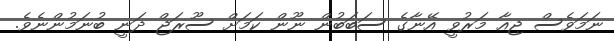
ނަމަވެސް ޖިއާ މަރުވީ އޭނާގެ ސަބަބުން ނޫން ކަމަށް ސޫރަޖް ދަނީ ބުނަމުންނެވެ.